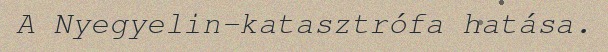
A Nyegyelin-katasztrófa hatása.